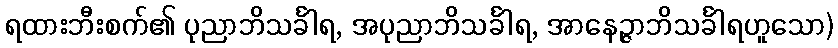
ရထားဘီးစက်၏ ပုညာဘိသင်္ခါရ, အပုညာဘိသင်္ခါရ, အာနေဉ္ဇာဘိသင်္ခါရဟူသော)